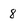
Character: 8